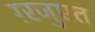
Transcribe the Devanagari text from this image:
ग़्रजुएत